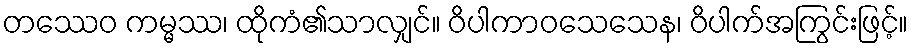
တဿေဝ ကမ္မဿ၊ ထိုကံ၏သာလျှင်။ ဝိပါကာဝသေသေန၊ ဝိပါက်အကြွင်းဖြင့်။